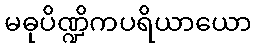
မဓုပိဏ္ဍိကပရိယာယော